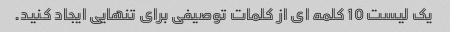
یک لیست 10 کلمه ای از کلمات توصیفی برای تنهایی ایجاد کنید.